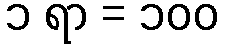
၁ ရာ = ၁၀၀